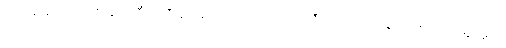
ယက်စ်မင်ရဲ့ အဆိုအရ အီတလီ နည်းပညာ ကျောင်း က တီကောင် စက်ရုပ်သစ် ပုံဖော်နိုင်မှုက